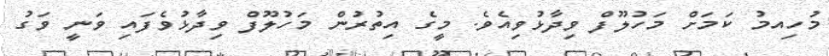
މުހިއމު ކަމަށް މަހުލޫފް ވިދާޅުވިއެވެ. މީގެ އިތުރުން މަހުލޫފް ވިދާޅުވެފައި ވަނީ ވަގު